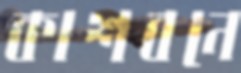
কাশবনে